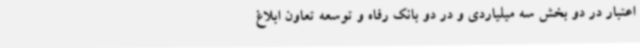
اعتبار در دو بخش سه میلیاردی و در دو بانک رفاه و توسعه تعاون ابلاغ